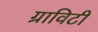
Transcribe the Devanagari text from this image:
ग्राविटी